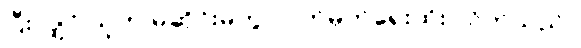
ပြီးလျှင် သူက မဆိုင်းမတွ လက်မှတ်ရေးထိုး လိုက်သည်။